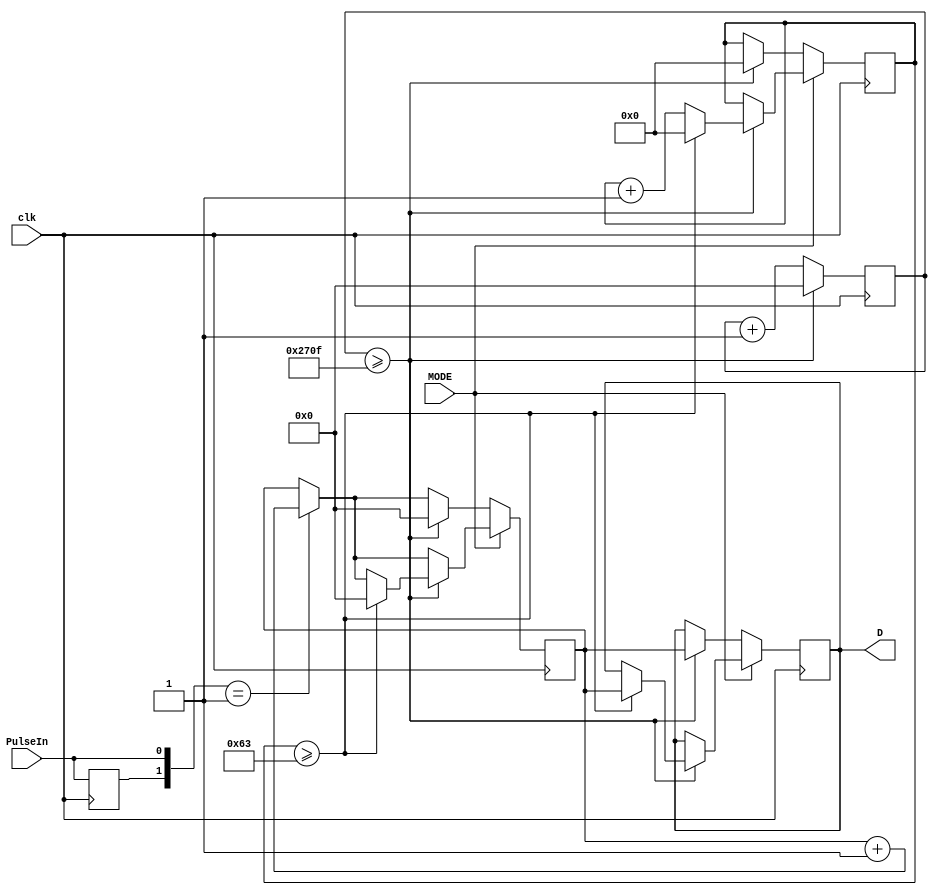
module HK2_1718(clk,PulseIn, MODE,D);
	input clk, PulseIn;
	input MODE;
	output [15:0]D;
	reg prePul=0;
	reg [7:0]count2=0;
	reg [15:0]count=16'h0000, D=16'h0000,demxung=16'h0000;
	always @(posedge clk) begin
		prePul<=PulseIn; 
		count<=count+1;
		if ({prePul,PulseIn}==2'b01) 
			demxung<=demxung+1;
		if (MODE==0) begin
			if (count>=9999) begin
				D<=demxung;
				count<=0;
				demxung<=0;
				count2<=0;
			end
		end
		else begin
			if (count>=9999) begin
				count2<=count2+1;
				count<=0;
				if (count2>=99) begin
					D<=demxung;
					demxung<=0;
					count2<=0;
				end
			end
		end
	end
endmodule